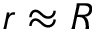
r \approx R